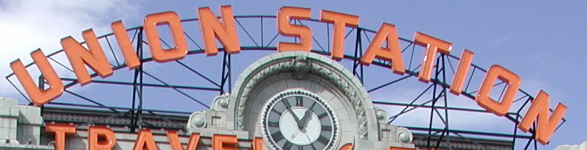
UNION STATION